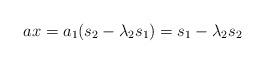
LaTeX: \begin{align*}ax = a_1(s_2-\lambda_2s_1) = s_1-\lambda_2s_2\end{align*}